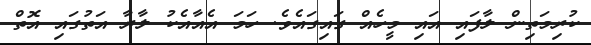
ކުރިމަތިން ލާފައި އައި މީހެއް ގައިގައެވެ. ހަމަ އެއާއެކު ލާރާ އަތުގައި އޮތް